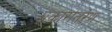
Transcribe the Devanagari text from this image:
प्रकारांतरेण